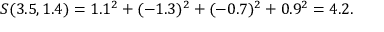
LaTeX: S ( 3 . 5 , 1 . 4 ) = 1 . 1 ^ { 2 } + ( - 1 . 3 ) ^ { 2 } + ( - 0 . 7 ) ^ { 2 } + 0 . 9 ^ { 2 } = 4 . 2 .